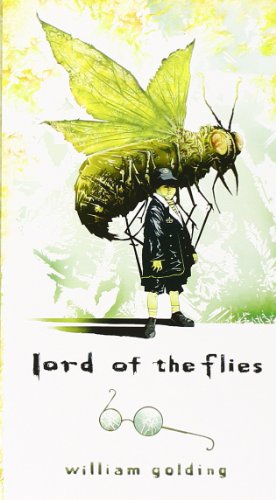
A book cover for Lord of the Flies; William Golding; Mystery, Thriller & Suspense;